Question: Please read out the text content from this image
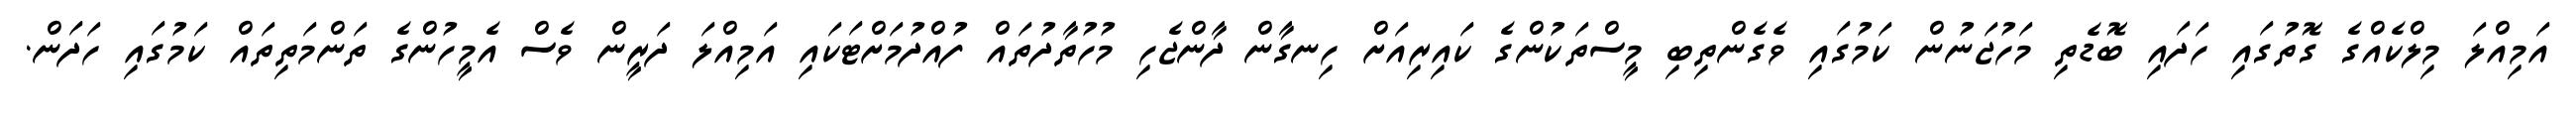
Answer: އަމިއްލަ މިލްކެއްގެ ގޮތުގައި ހަދައި ބޮޑެތި މަހުޖަނުން ކަމުގައި ވެގެންތިބި މީސްތަކުންގެ ކައިރިއަށް ހިނގާން ދާންޖެހި މުހުތާދުތައް ފުއްދުމަށްޓަކައި އަމިއްލަ ދަރީން ވެސް އެމީހުންގެ ތަންމަތިތައް ކަމުގައި ހަދަން.